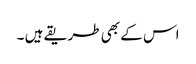
اس کے بھی طریقے ہیں ۔